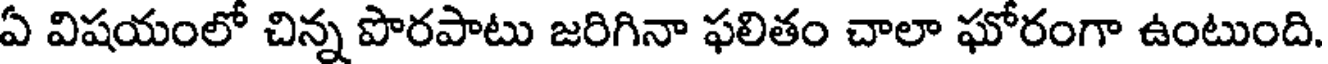
ఏ విషయంలో చిన్న పొరపాటు జరిగినా ఫలితం చాలా ఘోరంగా ఉంటుంది.